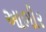
આભીર